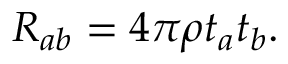
\begin{array} { r } { R _ { a b } = 4 \pi \rho t _ { a } t _ { b } . } \end{array}